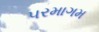
પરમાગમ